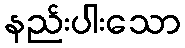
နည်းပါးသော